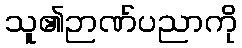
သူ၏ဉာဏ်ပညာကို